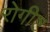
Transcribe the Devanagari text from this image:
रोगीष्ट